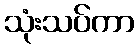
သုံးသပ်ကာ